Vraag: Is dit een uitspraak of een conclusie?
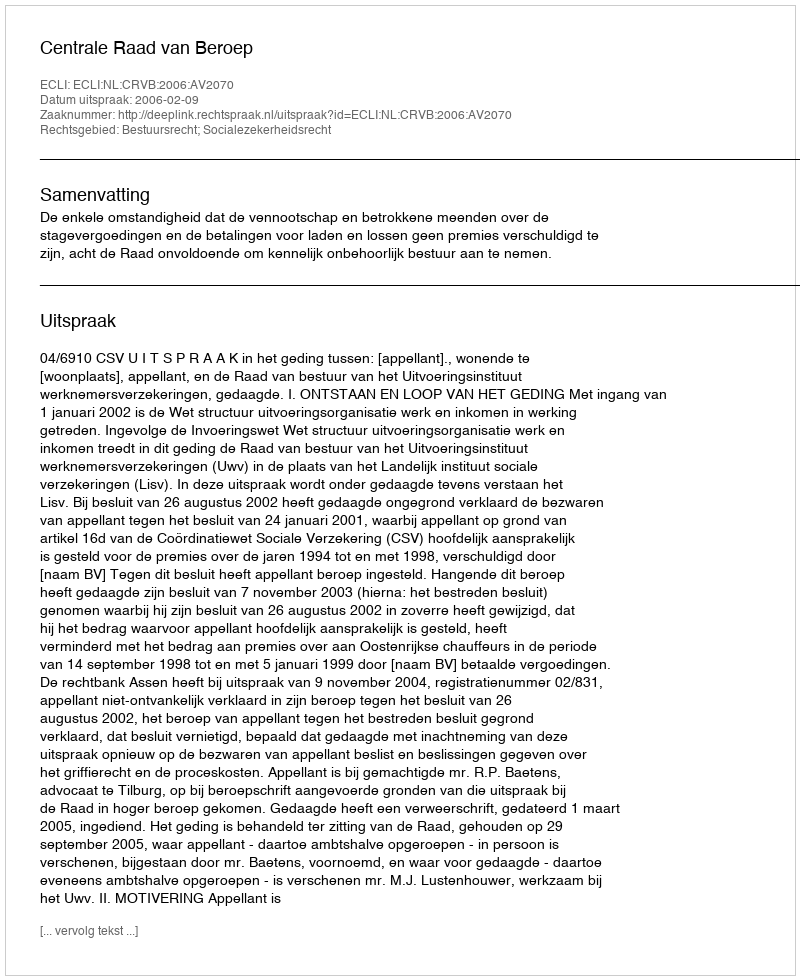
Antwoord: Uitspraak